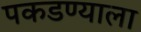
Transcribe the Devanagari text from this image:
पकडण्याला